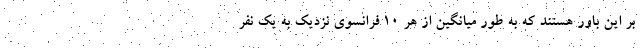
بر این باور هستند که به طور میانگین از هر ۱۰ فرانسوی نزدیک به یک نفر